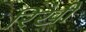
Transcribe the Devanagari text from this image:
रिखी